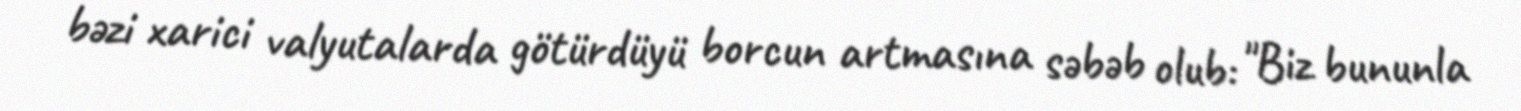
bəzi xarici valyutalarda götürdüyü borcun artmasına səbəb olub: "Biz bununla